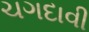
ચગદાવી